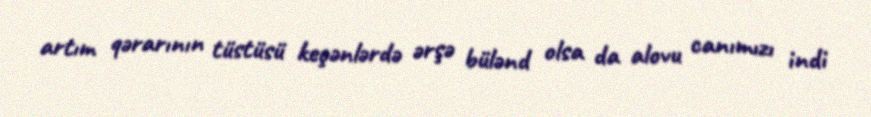
artım qərarının tüstüsü keçənlərdə ərşə bülənd olsa da alovu canımızı indi